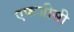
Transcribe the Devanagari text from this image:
एफजीसी